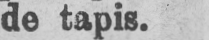
de tapis.